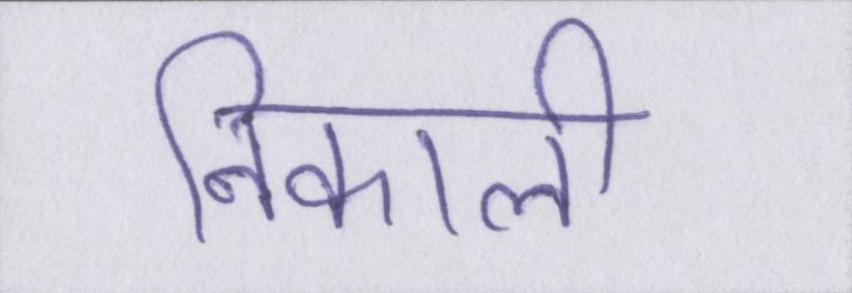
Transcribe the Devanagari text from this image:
निकाली